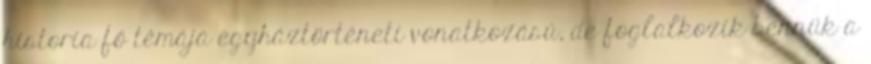
historia fő témája egyháztörténeti vonatkozású, de foglalkozik bennük a